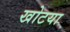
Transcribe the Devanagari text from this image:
खोटया